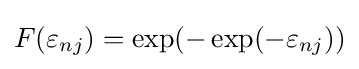
F(\varepsilon _{nj})=\exp(-\exp(-\varepsilon _{nj}))